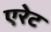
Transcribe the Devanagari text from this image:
एरेट